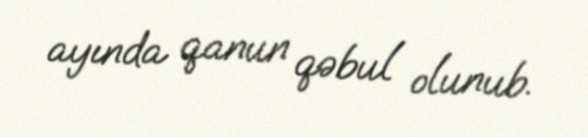
ayında qanun qəbul olunub.